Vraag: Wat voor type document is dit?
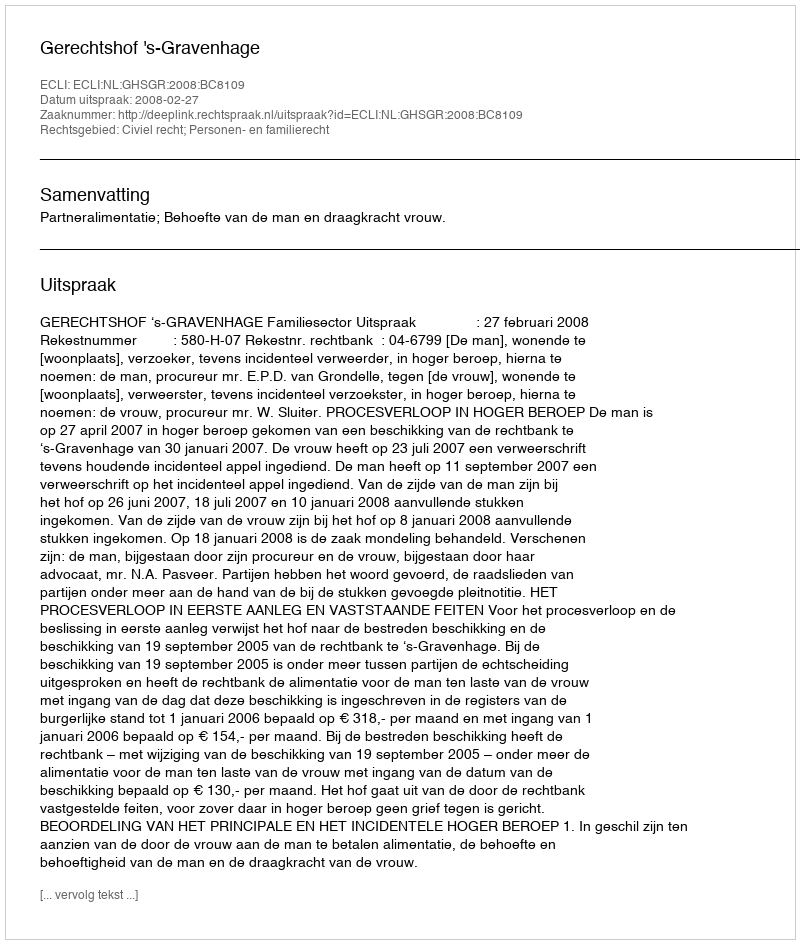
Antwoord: Uitspraak